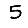
Digit: 5